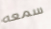
سمعه